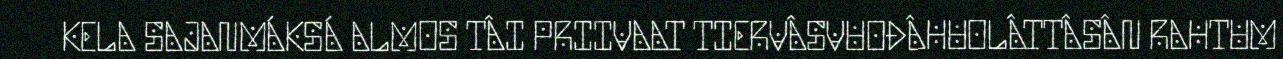
KELA SAJANMÁKSÁ ALMOS TÂI PRIIVAAT TIERVÂSVUOĐÂHUOLÂTTÂSÂN RAHTUM